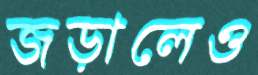
জড়ালেও